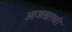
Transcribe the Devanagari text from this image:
आजसारखी